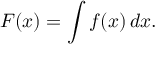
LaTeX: F ( x ) = \int f ( x ) \, d x .